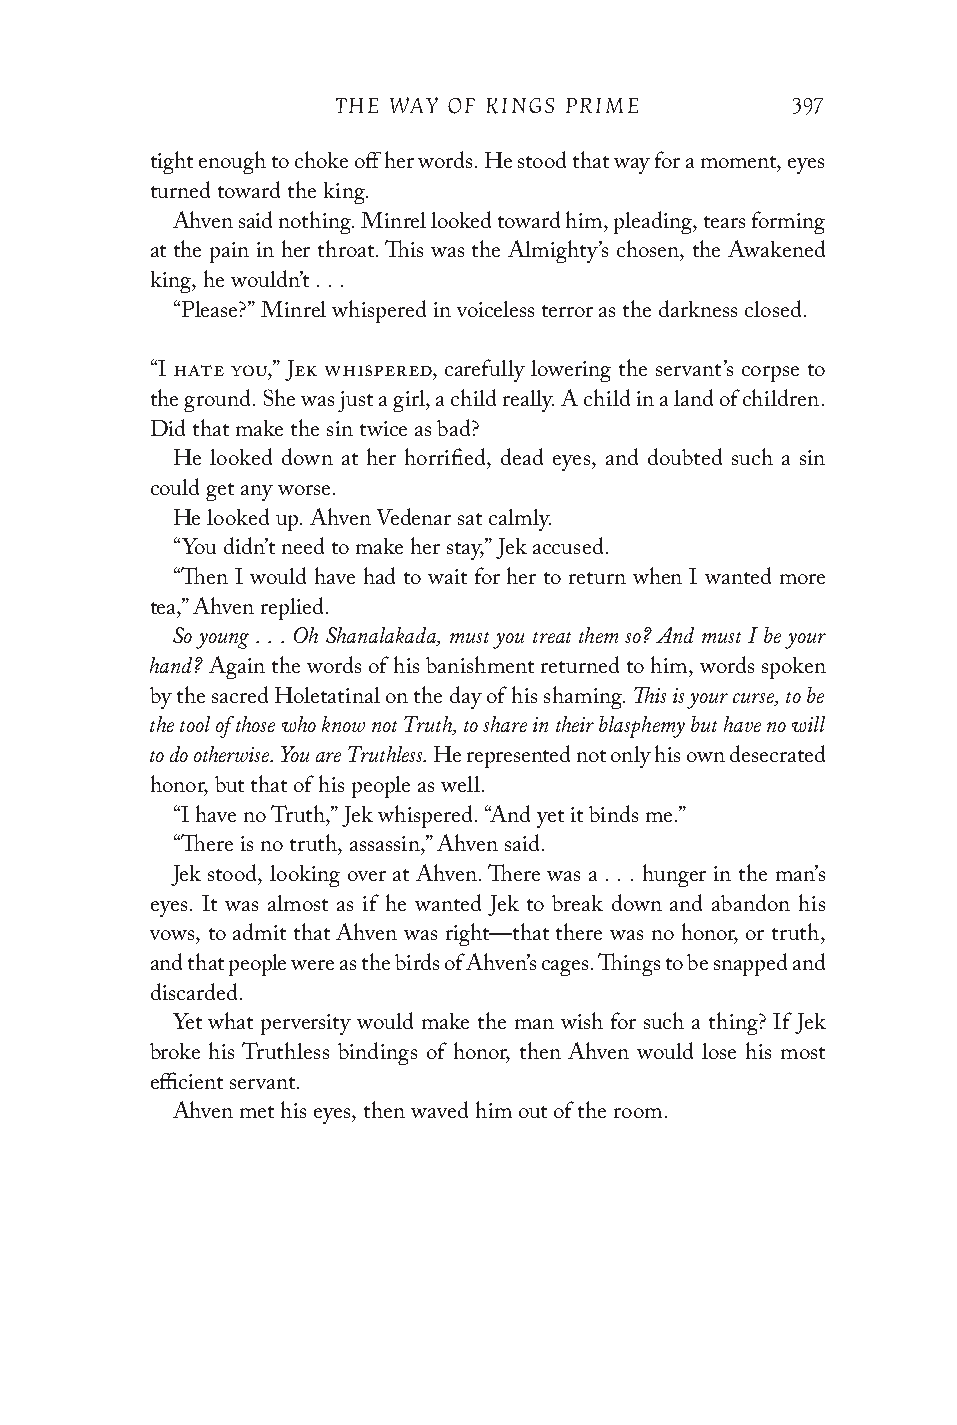
THE WAY OF KINGS PRIME        397
 tight enough to choke off her words. He stood that way for a moment, eyes
 turned toward the king.
 Ahven said nothing. Minrel looked toward him, pleading, tears forming
 at the pain in her throat. This was the Almighty’s chosen, the Awakened
 king, he wouldn’t . . .
 “Please?” Minrel whispered in voiceless terror as the darkness closed.
 “I hate you,” Jek whispered, carefully lowering the servant’s corpse to
 the ground. She was just a girl, a child really. A child in a land of children.
 Did that make the sin twice as bad?
 He looked down at her horrified, dead eyes, and doubted such a sin
 could get any worse.
 He looked up. Ahven Vedenar sat calmly.
 “You didn’t need to make her stay,” Jek accused.
 “Then I would have had to wait for her to return when I wanted more
 tea,” Ahven replied.
 So young . . . Oh Shanalakada, must you treat them so? And must I be your
 hand?
 Again the words of his banishment returned to him, words spoken
 This is your curse, to be
 by the sacred Holetatinal on the day of his shaming.
 the tool of those who know not Truth, to share in their blasphemy but have no will
 to do otherwise. You are Truthless.
 He represented not only his own desecrated
 honor, but that of his people as well.
 “I have no Truth,” Jek whispered. “And yet it binds me.”
 “There is no truth, assassin,” Ahven said.
 Jek stood, looking over at Ahven. There was a . . . hunger in the man’s
 eyes. It was almost as if he wanted Jek to break down and abandon his
 vows, to admit that Ahven was right—that there was no honor, or truth,
 and that people were as the birds of Ahven’s cages. Things to be snapped and
 discarded.
 Yet what perversity would make the man wish for such a thing? If Jek
 broke his Truthless bindings of honor, then Ahven would lose his most
 efficient servant.
 Ahven met his eyes, then waved him out of the room.